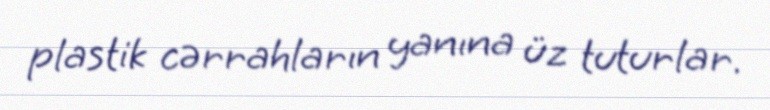
plastik cərrahların yanına üz tuturlar.